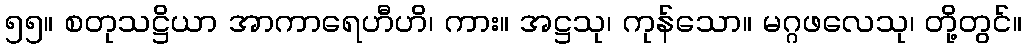
၅၅။ စတုသဋ္ဌိယာ အာကာရေဟီဟိ၊ ကား။ အဋ္ဌသု၊ ကုန်သော။ မဂ္ဂဖလေသု၊ တို့တွင်။